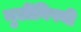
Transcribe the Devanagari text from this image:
मुलींविषयी